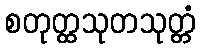
စတုတ္ထသုတသုတ္တံ